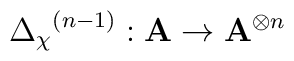
{{\Delta}_{\chi}}^{(n-1)}:\mathbf{A}\rightarrow {\mathbf{A}}^{\otimes n}